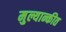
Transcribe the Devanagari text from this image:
मुल्यान्कीत